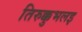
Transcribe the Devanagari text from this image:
तिरुक्कुभलइ